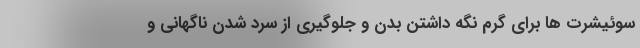
سوئیشرت ها برای گرم نگه داشتن بدن و جلوگیری از سرد شدن ناگهانی و